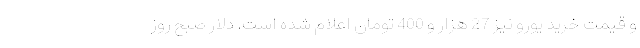
و قیمت خرید یورو نیز 27 هزار و 400 تومان اعلام شده است. دلار صبح روز